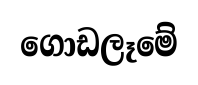
ගොඩලෑමේ